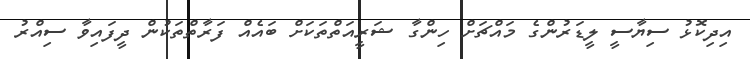
އިދިކޮޅު ސިޔާސީ ލީޑަރުންގެ މައްޗަށް ހިންގާ ޝަރީއަތްތަކަށް ބައެއް ފަރާތްތަކުން ދީފައިވާ ސިއްރު